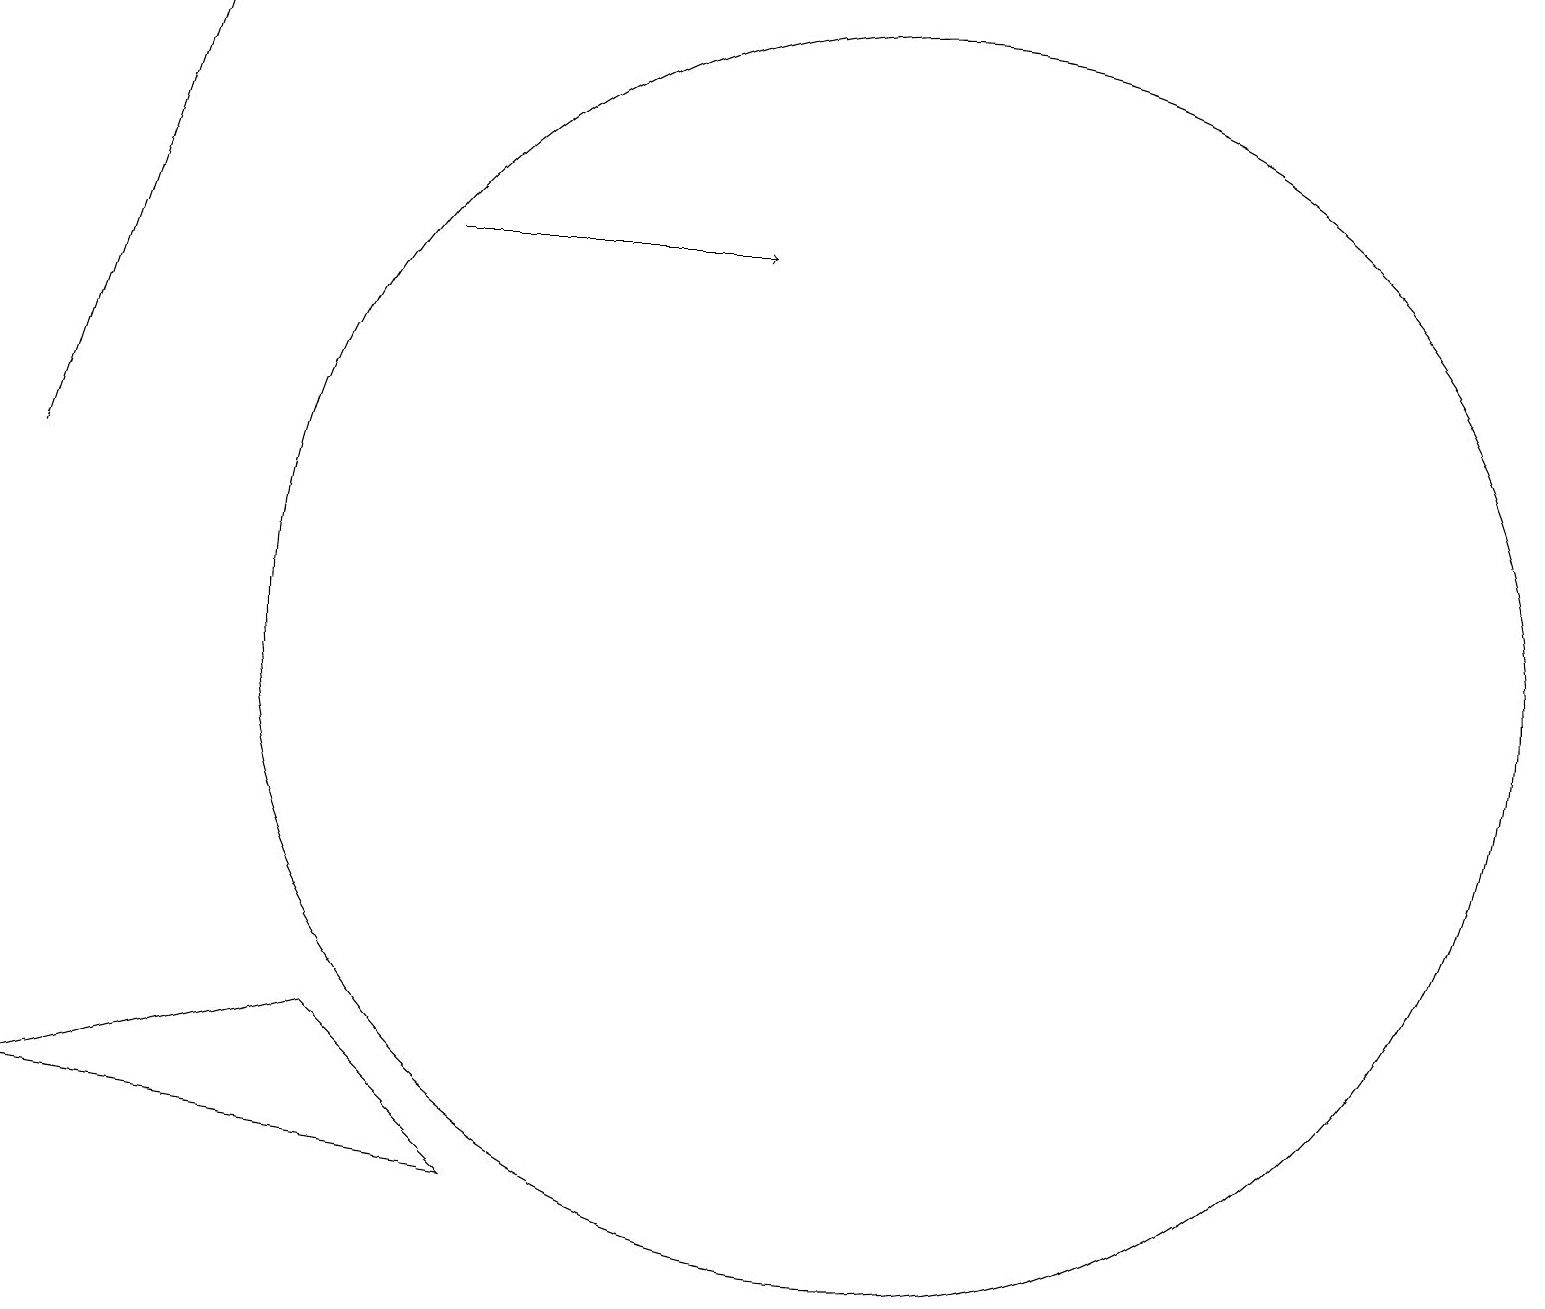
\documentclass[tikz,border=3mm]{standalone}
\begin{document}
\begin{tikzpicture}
\draw[->] (0,12) -- (2,18);
\draw (11,10) circle (8);
\draw (0,4) -- (4,5) -- (6,3) -- cycle;
\draw[->] (5,15) -- (9,15);
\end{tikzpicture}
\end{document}